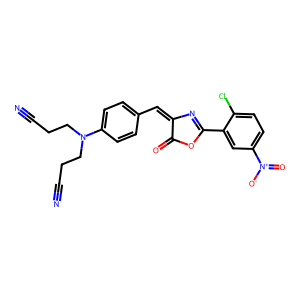
SMILES: N#CCCN(CCC#N)c1ccc(C=C2N=C(c3cc([N+](=O)[O-])ccc3Cl)OC2=O)cc1
Inhibits HIV replication: No